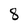
Character: 8